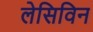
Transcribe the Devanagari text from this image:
लेसिविन